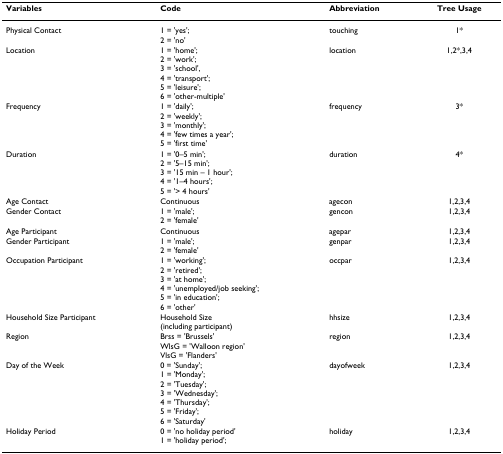
<table><thead><tr><td><b>Variables</b></td><td><b>Code</b></td><td><b>Abbreviation</b></td><td><b>Tree Usage</b></td></tr></thead><tbody><tr><td>Physical Contact</td><td>1 = 'yes';2 = 'no'</td><td>touching</td><td>1*</td></tr><tr><td>Location</td><td>1 = 'home';2 = 'work';3 = 'school',4 = 'transport';5 = 'leisure';6 = 'other-multiple'</td><td>location</td><td>1,2*,3,4</td></tr><tr><td>Frequency</td><td>1 = 'daily';2 = 'weekly';3 = 'monthly';4 = 'few times a year';5 = 'first time'</td><td>frequency</td><td>3*</td></tr><tr><td>Duration</td><td>1 = '0–5 min';2 = '5–15 min';3 = '15 min – 1 hour';4 = '1–4 hours';5 = '&gt; 4 hours'</td><td>duration</td><td>4*</td></tr><tr><td>Age Contact</td><td>Continuous</td><td>agecon</td><td>1,2,3,4</td></tr><tr><td>Gender Contact</td><td>1 = 'male';2 = 'female'</td><td>gencon</td><td>1,2,3,4</td></tr><tr><td>Age Participant</td><td>Continuous</td><td>agepar</td><td>1,2,3,4</td></tr><tr><td>Gender Participant</td><td>1 = 'male';2 = 'female'</td><td>genpar</td><td>1,2,3,4</td></tr><tr><td>Occupation Participant</td><td>1 = 'working';2 = 'retired';3 = 'at home';4 = 'unemployed/job seeking';5 = 'in education';6 = 'other'</td><td>occpar</td><td>1,2,3,4</td></tr><tr><td>Household Size Participant</td><td>Household Size(including participant)</td><td>hhsize</td><td>1,2,3,4</td></tr><tr><td>Region</td><td>Brss = 'Brussels'WlsG = 'Walloon region'VlsG = 'Flanders'</td><td>region</td><td>1,2,3,4</td></tr><tr><td>Day of the Week</td><td>0 = 'Sunday';1 = 'Monday';2 = 'Tuesday';3 = 'Wednesday';4 = 'Thursday';5 = 'Friday';6 = 'Saturday'</td><td>dayofweek</td><td>1,2,3,4</td></tr><tr><td>Holiday Period</td><td>0 = 'no holiday period'1 = 'holiday period';</td><td>holiday</td><td>1,2,3,4</td></tr></tbody></table>